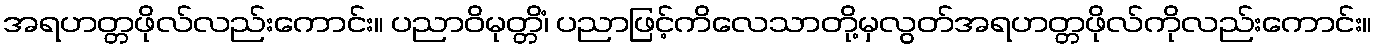
အရဟတ္တဖိုလ်လည်းကောင်း။ ပညာဝိမုတ္တိံ၊ ပညာဖြင့်ကိလေသာတို့မှလွတ်အရဟတ္တဖိုလ်ကိုလည်းကောင်း။